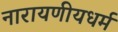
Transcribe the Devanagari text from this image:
नारायणीयधर्म